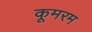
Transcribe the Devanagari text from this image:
कूमरम